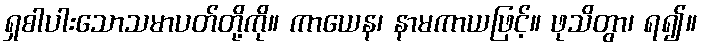
ရှစါပါးသောသမာပတ်တို့ကို။ ကာယေန၊ နာမကာယဖြင့်။ ဖုသိတွာ၊ ရ၍။